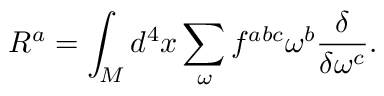
{ \cal R } ^ { a } = \int _ { \cal M } d ^ { 4 } x \sum _ { \omega } f ^ { a b c } \omega ^ { b } \frac { \delta } { \delta \omega ^ { c } } .